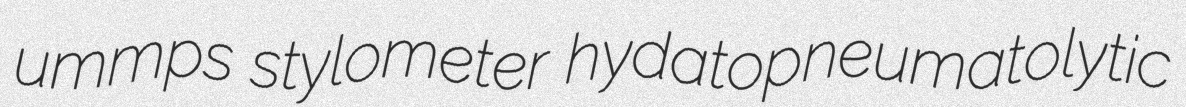
ummps stylometer hydatopneumatolytic